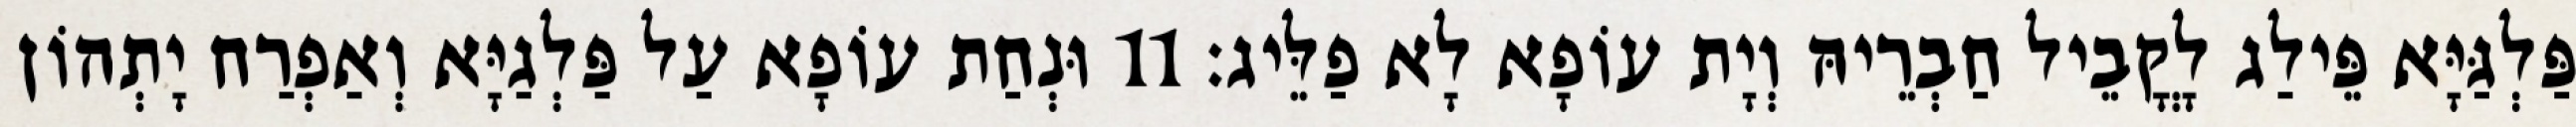
פַּלְגַּיָּא פֵּילַג לָקֳבֵיל חַבְרֵיהּ וְיָת עוֹפָא לָא פַלֵּיג׃ 11 וּנְחַת עוֹפָא עַל פַּלְגַיָּא וְאַפְרַח יָתְהוֹן